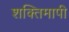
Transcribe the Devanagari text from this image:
शक्तिमापी